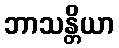
ဘာသန္တိယာ